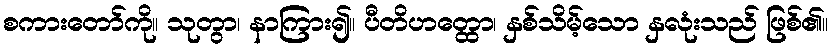
စကားတော်ကို။ သုတွာ၊ နာကြား၍။ ပီတိဟတ္ထော၊ နှစ်သိမ့်သော နှလုံးသည် ဖြစ်၏။